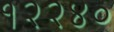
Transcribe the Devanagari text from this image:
१२२४०